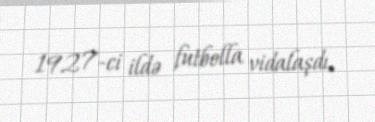
1927-ci ildə futbolla vidalaşdı.